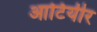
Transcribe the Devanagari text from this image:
आटियीर